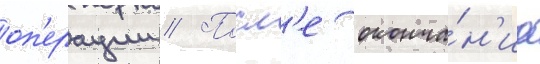
оп'ерации // Посл'е оконча́н'иа